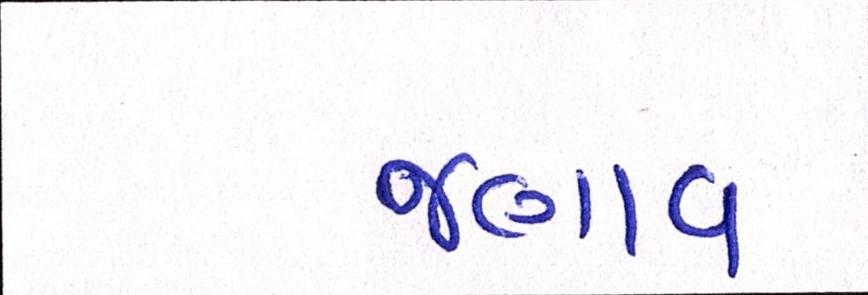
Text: જણાવ